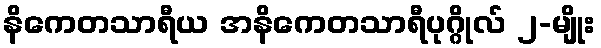
နိကေတသာရီယ အနိကေတသာရီပုဂ္ဂိုလ် ၂-မျိုး